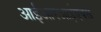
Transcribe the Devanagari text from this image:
आईआरआईएक्स